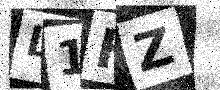
Text: L1HZ